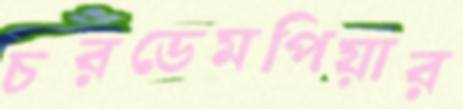
চরডেমপিয়ার